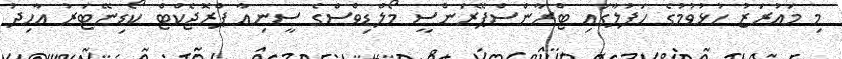
މި މައުރަޒު ހުޅުވުމުގެ ހަފުލާގައި ޓްރާންސްޕޭރަންސީ މޯލްޑިވްސްގެ ސީނިއާ ޕްރޮޖެކްޓް ކޯޑިނޭޓަރު އާހިދު